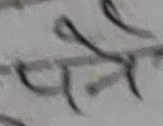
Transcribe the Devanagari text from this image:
पने